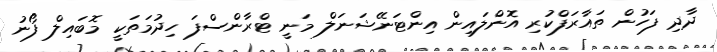
ދާދި ފަހުން ތައާރަފްކުރި އޮންލައިން އިންޓަނޭޝަނަލް މަނީ ޓްރާންސްފަ ހިދުމަތަކީ މޮބައިލް ފޯނު